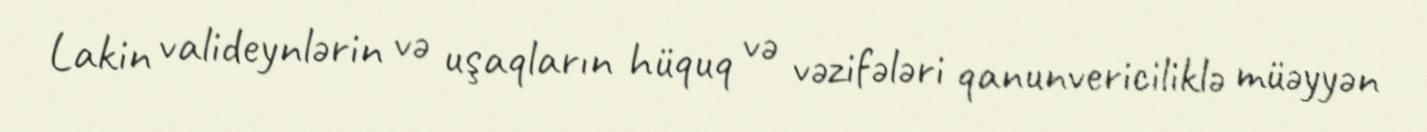
Lakin valideynlərin və uşaqların hüquq və vəzifələri qanunvericiliklə müəyyən